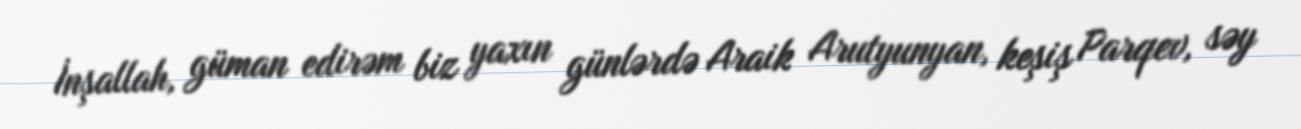
İnşallah, güman edirəm biz yaxın günlərdə Araik Arutyunyan, keşiş Parqev, səy